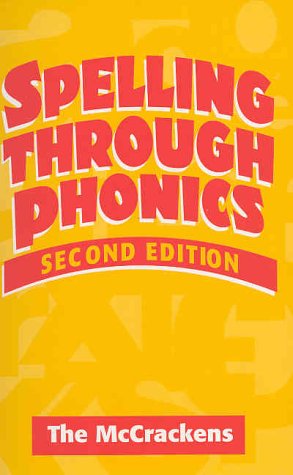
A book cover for Spelling Through Phonics; Robert McCracken; Reference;